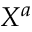
X ^ { a }